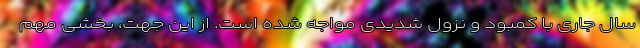
سال جاری با کمبود و نزول شدیدی مواجه شده است. از این جهت، بخشی مهم